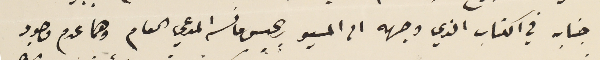
جنابه في الكتاب الذي وجهه الى المسيو ريجيس مانسه المدعي العام وهما عدم وجود